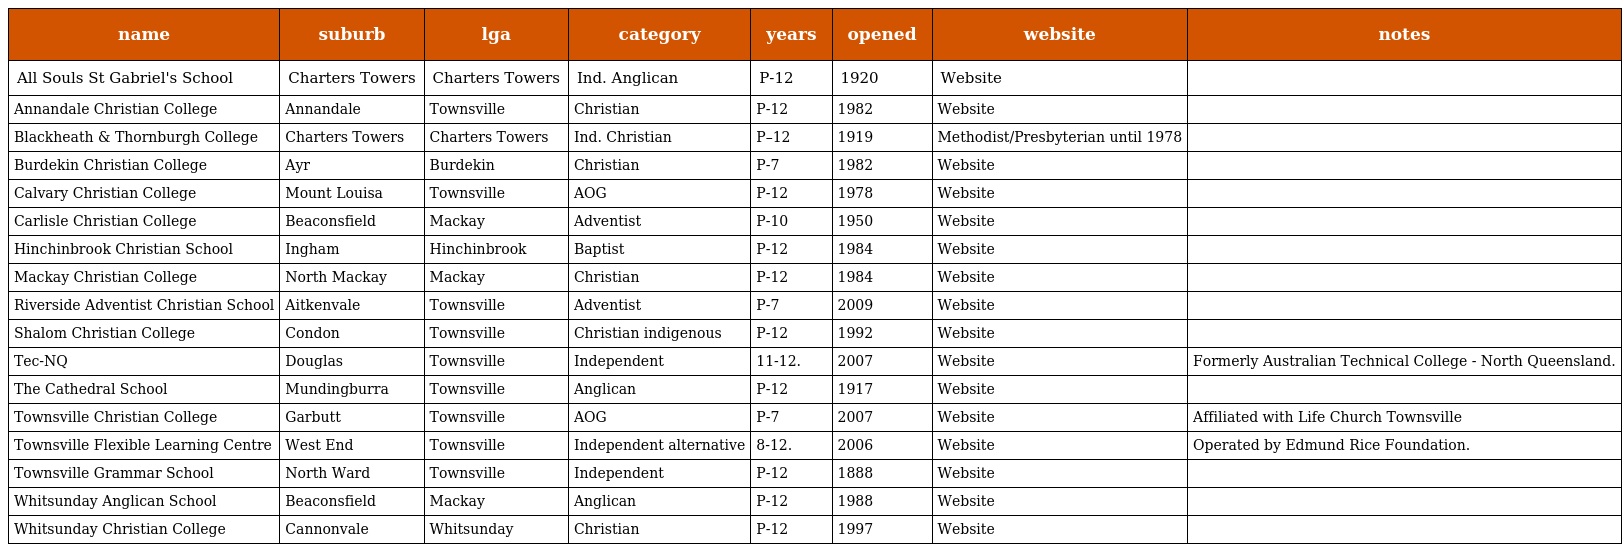
| name | suburb | lga | category | years | opened | website | notes |
 | --- | --- | --- | --- | --- | --- | --- | --- |
 | All Souls St Gabriel's School | Charters Towers | Charters Towers | Ind. Anglican | P-12 | 1920 | Website |  |
 | Annandale Christian College | Annandale | Townsville | Christian | P-12 | 1982 | Website |  |
 | Blackheath & Thornburgh College | Charters Towers | Charters Towers | Ind. Christian | P–12 | 1919 | Methodist/Presbyterian until 1978 |  |
 | Burdekin Christian College | Ayr | Burdekin | Christian | P-7 | 1982 | Website |  |
 | Calvary Christian College | Mount Louisa | Townsville | AOG | P-12 | 1978 | Website |  |
 | Carlisle Christian College | Beaconsfield | Mackay | Adventist | P-10 | 1950 | Website |  |
 | Hinchinbrook Christian School | Ingham | Hinchinbrook | Baptist | P-12 | 1984 | Website |  |
 | Mackay Christian College | North Mackay | Mackay | Christian | P-12 | 1984 | Website |  |
 | Riverside Adventist Christian School | Aitkenvale | Townsville | Adventist | P-7 | 2009 | Website |  |
 | Shalom Christian College | Condon | Townsville | Christian indigenous | P-12 | 1992 | Website |  |
 | Tec-NQ | Douglas | Townsville | Independent | 11-12. | 2007 | Website | Formerly Australian Technical College - North Queensland. |
 | The Cathedral School | Mundingburra | Townsville | Anglican | P-12 | 1917 | Website |  |
 | Townsville Christian College | Garbutt | Townsville | AOG | P-7 | 2007 | Website | Affiliated with Life Church Townsville |
 | Townsville Flexible Learning Centre | West End | Townsville | Independent alternative | 8-12. | 2006 | Website | Operated by Edmund Rice Foundation. |
 | Townsville Grammar School | North Ward | Townsville | Independent | P-12 | 1888 | Website |  |
 | Whitsunday Anglican School | Beaconsfield | Mackay | Anglican | P-12 | 1988 | Website |  |
 | Whitsunday Christian College | Cannonvale | Whitsunday | Christian | P-12 | 1997 | Website |  |